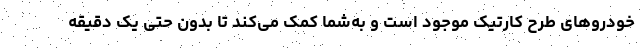
خودروهای طرح کارتیک موجود است و به‌شما کمک می‌کند تا بدون حتی یک دقیقه